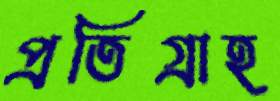
প্রতিগ্রাহ